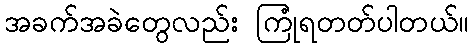
အခက်အခဲတွေလည်း ကြုံရတတ်ပါတယ်။